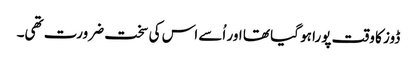
ڈوز کا وقت پورا ہو گیا تھا اور اُسے اس کی سخت ضرورت تھی۔